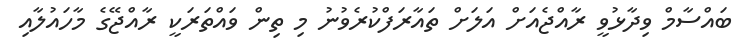
ބައްސާމް ވިދާޅުވީ ރާއްޖެއަށް އަލަށް ތައާރަފްކުރެވުނު މި ތިން ވައްތަރަކީ ރާއްޖޭގެ މާހައުލާއި